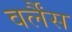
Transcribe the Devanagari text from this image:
वर्लैंस